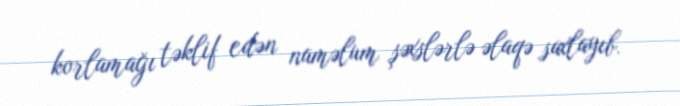
korlamağı təklif edən naməlum şəxslərlə əlaqə saxlayıb.